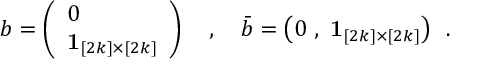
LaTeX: b = \left( \begin{array} { l } { { 0 } } \\ { { { \bf 1 } _ { [ 2 k ] \times [ 2 k ] } } } \end{array} \right) ~ ~ ~ , ~ ~ ~ \bar { b } = \big ( 0 \ , \ { \bf 1 } _ { [ 2 k ] \times [ 2 k ] } \big ) ~ ~ .